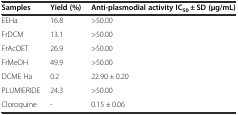
| Samples | Yield (%) | Anti-plasmodial activity IC50 ± SD (μg/mL) |
 | --- | --- | --- |
 | EEHa | 16.8 | >50.00 |
 | FrDCM | 13.1 | >50.00 |
 | FrAcOET | 26.9 | >50.00 |
 | FrMeOH | 49.9 | >50.00 |
 | DCME Ha | 0.2 | 22.90 ± 0.20 |
 | PLUMIERIDE | 24.3 | >50.00 |
 | Cloroquine | - | 0.15 ± 0.06 |